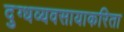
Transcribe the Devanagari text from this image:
दुग्धव्यवसायाकरिता